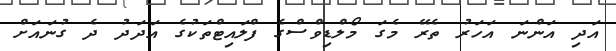
އަދި އަންނަ އަހަރު ތެރޭ މެގަ މޯލްޑިވްސްގެ ފްލައިޓްތަކުގެ އަދަދު ދެ ގުނައަށް